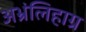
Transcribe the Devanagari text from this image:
अभ्रंलिहाग्र